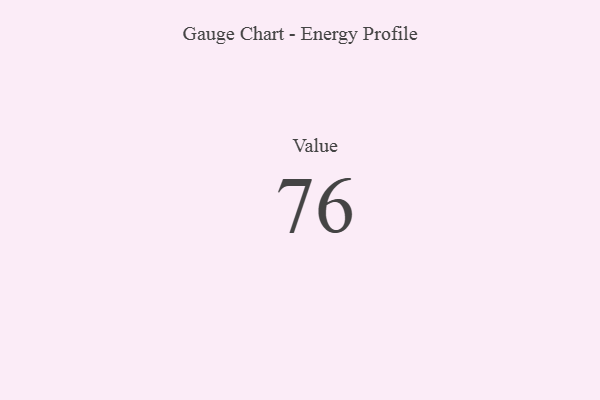
{"axis": {"x": "Metric", "y": "Value"}, "legend": [""], "data": [{"x": "Value", "y": 76, "type": ""}]}